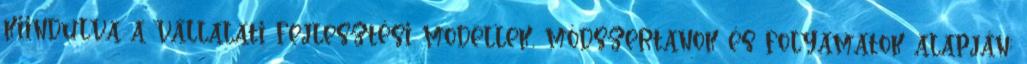
kiindulva a vállalati fejlesztési modellek, módszertanok és folyamatok alapján;